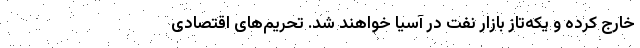
خارج کرده و یکه‌تاز بازار نفت در آسیا خواهند شد. تحریم‌های اقتصادی